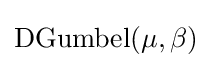
\mathrm {DGumbel} (\mu ,\beta )